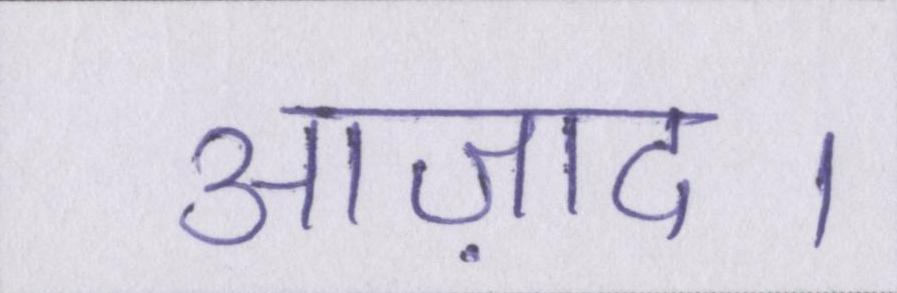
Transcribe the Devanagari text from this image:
आज़ाद।